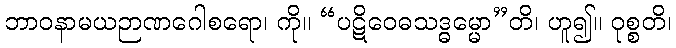
ဘာဝနာမယဉာဏဂေါစရော၊ ကို။ “ပဋိဝေဓသဒ္ဓမ္မော”တိ၊ ဟူ၍။ ဝုစ္စတိ၊